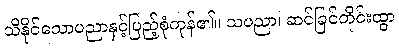
သိနိုင်သောပညာနှင့်ပြည့်စုံကုန်၏။ သပညာ၊ ဆင်ခြင်တိုင်းထွာ